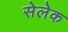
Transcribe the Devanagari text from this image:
सेलेक